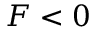
F < 0